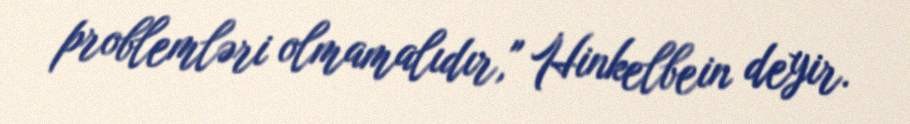
problemləri olmamalıdır," Hinkelbein deyir.